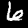
Digit: 6